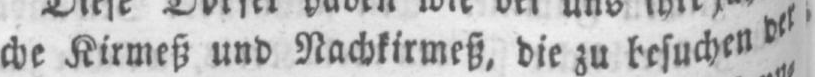
che Kirmeß und Nachkirmeß, die zu besuchen der